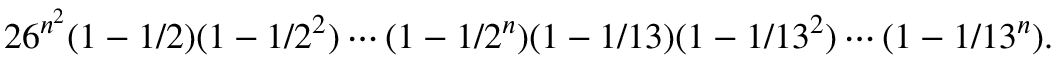
2 6 ^ { n ^ { 2 } } ( 1 - 1 / 2 ) ( 1 - 1 / 2 ^ { 2 } ) \cdots ( 1 - 1 / 2 ^ { n } ) ( 1 - 1 / 1 3 ) ( 1 - 1 / 1 3 ^ { 2 } ) \cdots ( 1 - 1 / 1 3 ^ { n } ) .